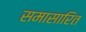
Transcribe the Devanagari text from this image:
समासारित